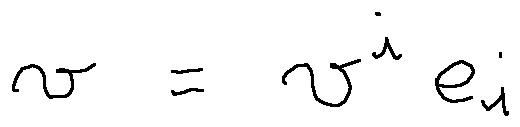
v = v ^ { i } e _ { i }